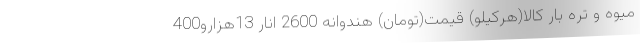
میوه و تره بار کالا(هرکیلو) قیمت(تومان) هندوانه 2600 انار 13هزارو400